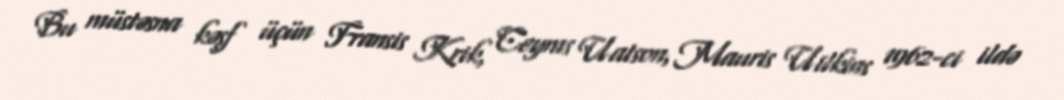
Bu müstəsna kəşf üçün Fransis Krik, Ceyms Uatson, Mauris Uilkins 1962-ci ildə